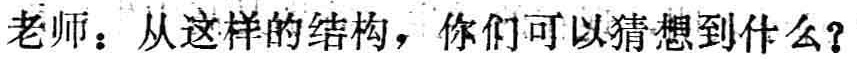
老师：从这样的结构，你们可以猜想到什么？